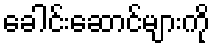
ခေါင်းဆောင်များကို